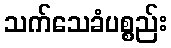
သက်သေခံပစ္စည်း